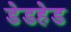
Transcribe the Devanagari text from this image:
डेडहेड